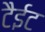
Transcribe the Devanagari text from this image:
टैईट